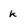
Character: k